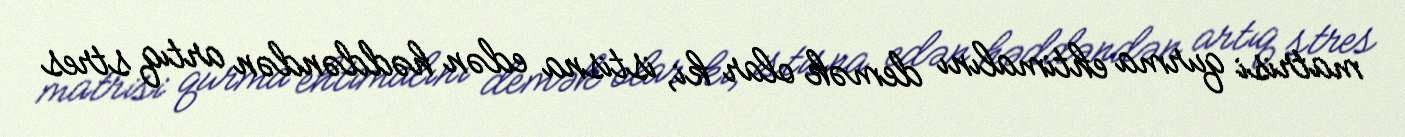
matrisi qurma ehtimalını demək olar ki, istisna edən həddəndən artıq stres